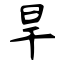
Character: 旱